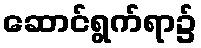
ဆောင်ရွက်ရာ၌